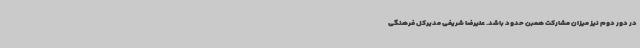
در دور دوم نیز میزان مشارکت همبن حدود باشد. علیرضا شریفی مدیرکل فرهنگی